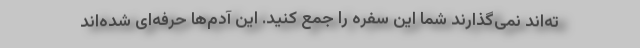
ته‌اند نمی‌گذارند شما این سفره را جمع کنید. این آدم‌ها حرفه‌ای شده‌اند